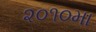
૨૦૧૦મા